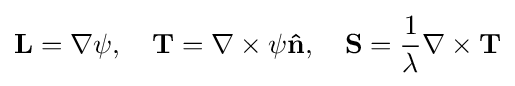
\mathbf {L} =\nabla \psi ,\quad \mathbf {T} =\nabla \times \psi \mathbf {\hat {n}} ,\quad \mathbf {S} ={\frac {1}{\lambda }}\nabla \times \mathbf {T}